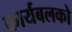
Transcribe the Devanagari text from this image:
कार्यबलको